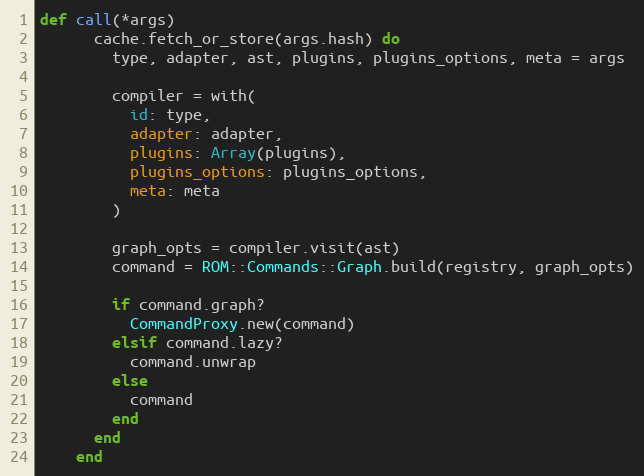
Language: Ruby
def call(*args)
      cache.fetch_or_store(args.hash) do
        type, adapter, ast, plugins, plugins_options, meta = args

        compiler = with(
          id: type,
          adapter: adapter,
          plugins: Array(plugins),
          plugins_options: plugins_options,
          meta: meta
        )

        graph_opts = compiler.visit(ast)
        command = ROM::Commands::Graph.build(registry, graph_opts)

        if command.graph?
          CommandProxy.new(command)
        elsif command.lazy?
          command.unwrap
        else
          command
        end
      end
    end